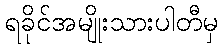
ရခိုင်အမျိုးသားပါတီမှ